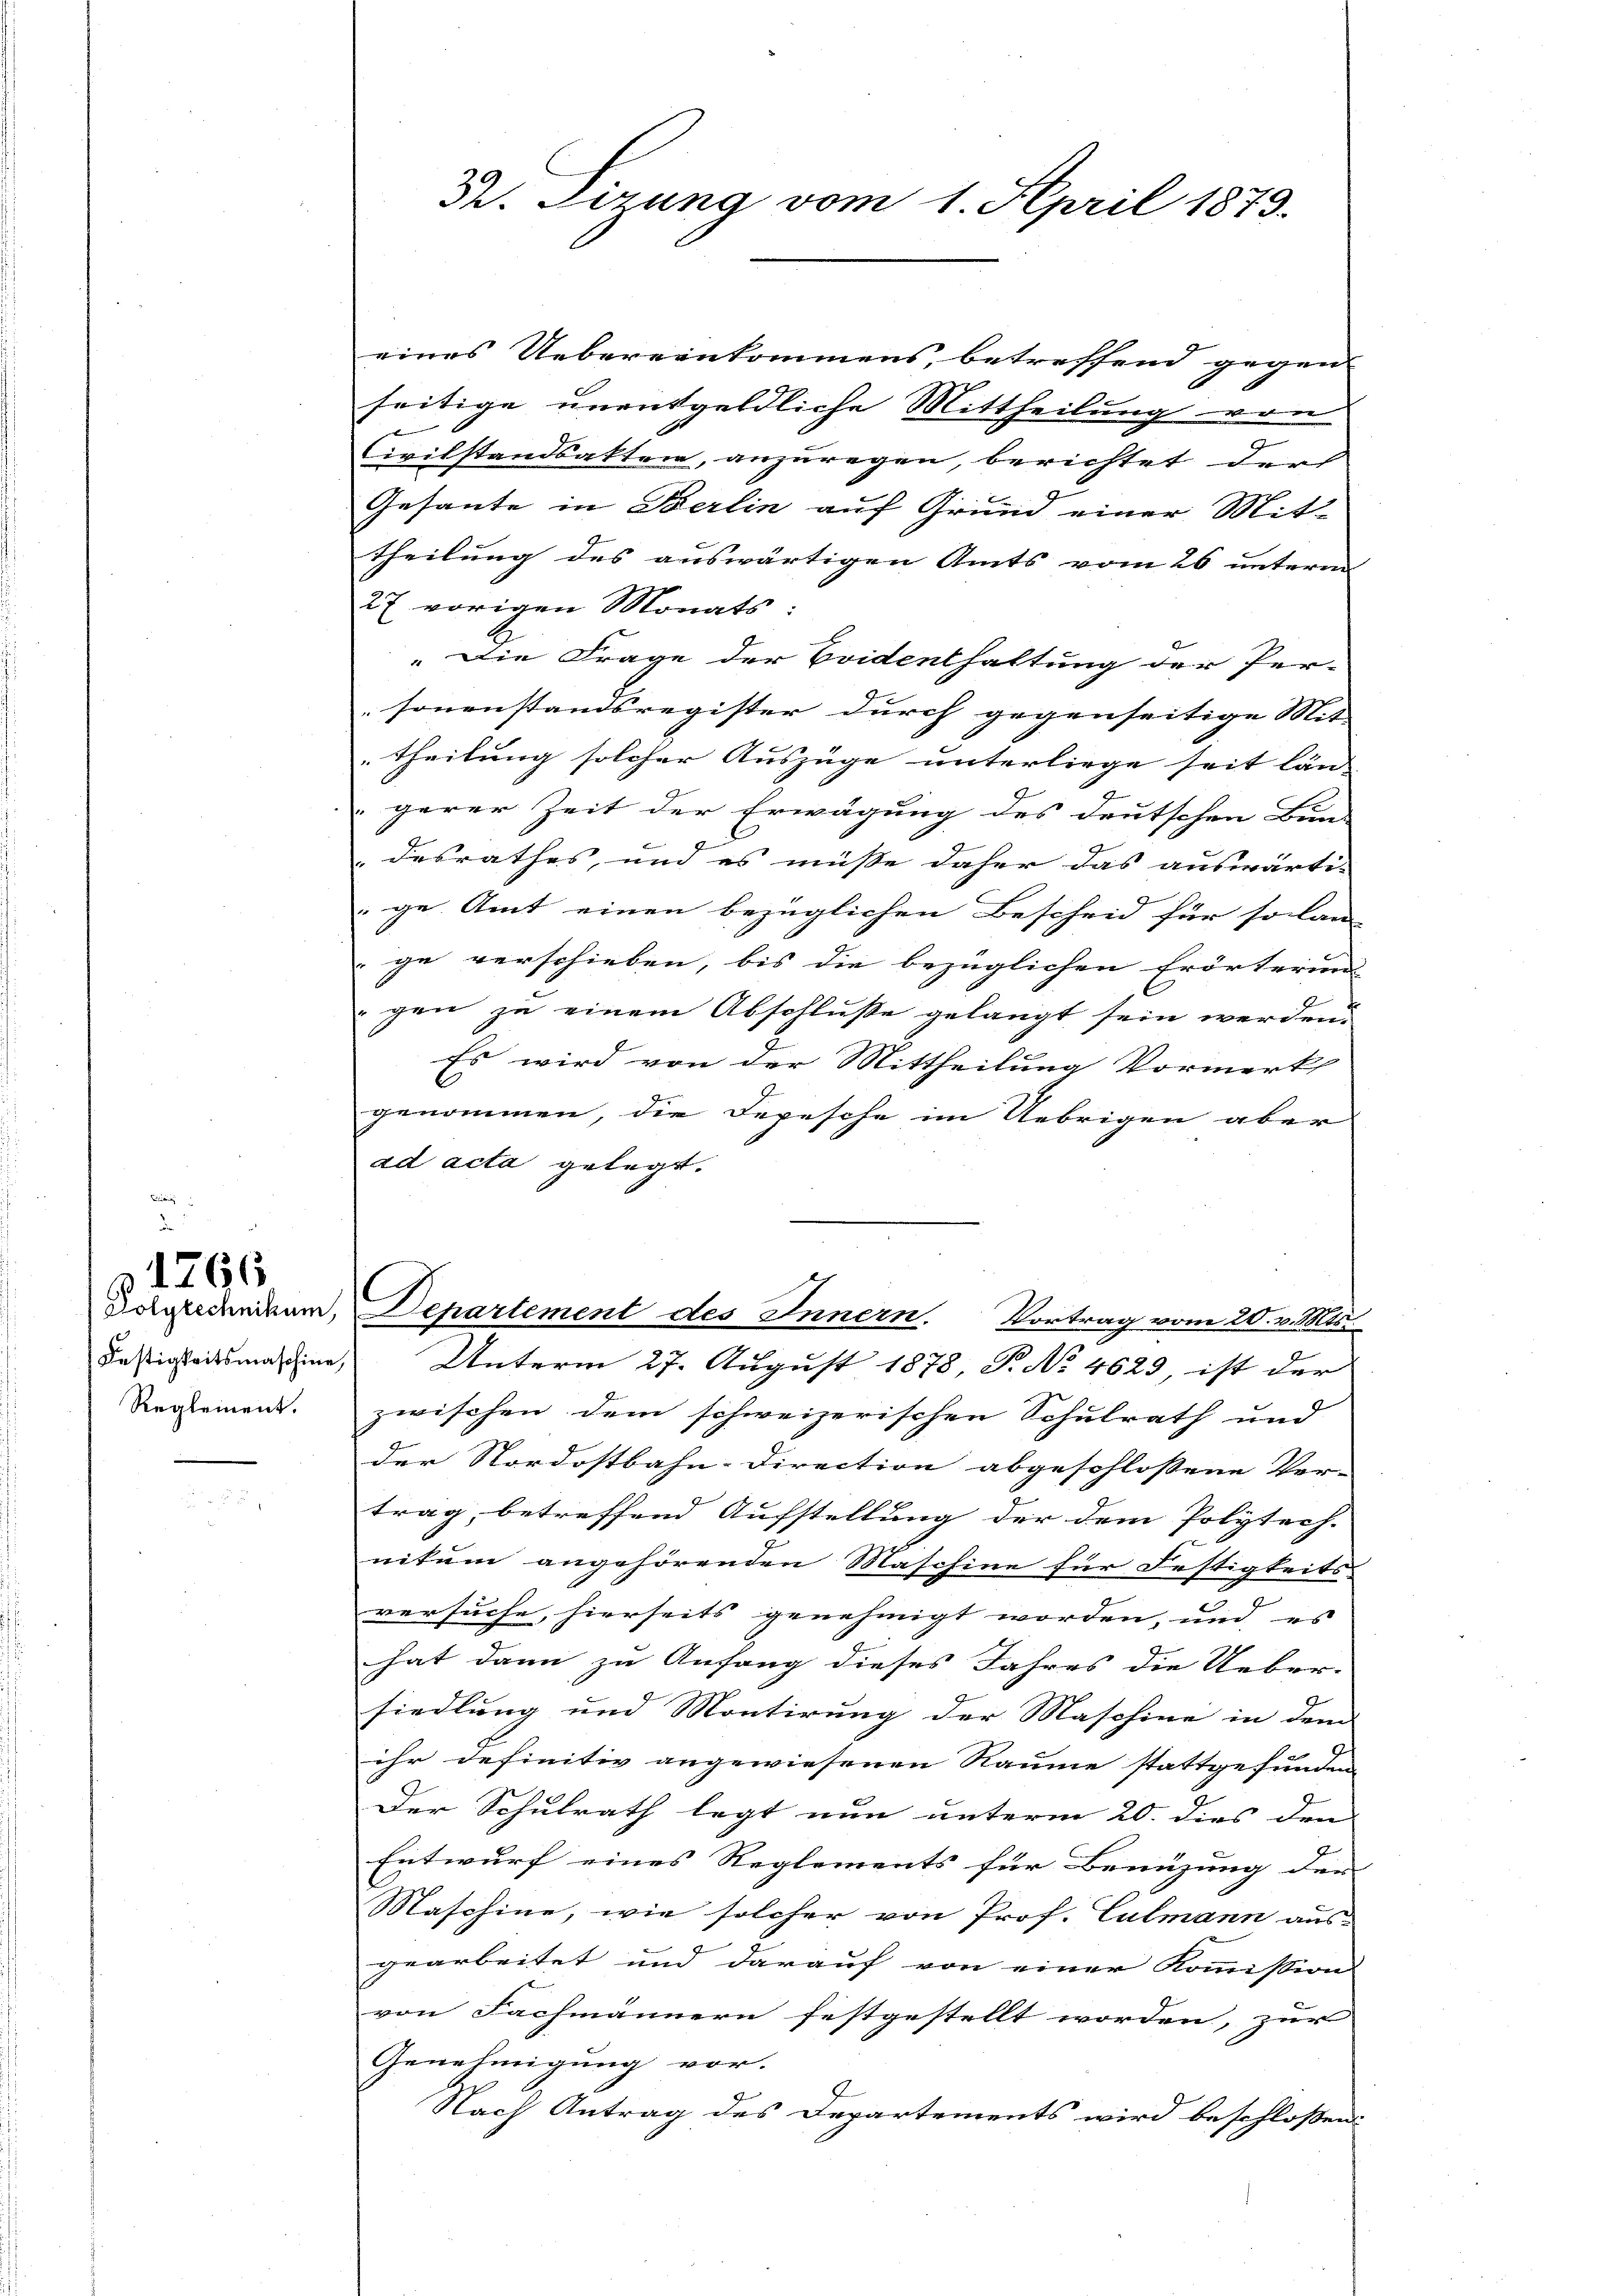
Festigkeitsmaschine
Reglement.

1296

S. Firung vom 1. April 1873.

eines Uebereinkommens, betreffend gegen |
seitige unentgeldliche Mittheilung von
Civilstandsakten, anzuregen, berichtet dur
Gesante in Berlin auf Grund einer Mit-
theilung des auswärtigen Amts vom 26 unterm
27 vorigen Monats:
"Die Frage der Beidenthaltung der Per-
sonenstandsregister durch gegenseitige Mit-
theilung solcher Auszüge unterliege seit län- |
gerer Zeit der Erwägung des deutschen Bun-
desrathes, und es müsse daher das auswärti-
ge. Amt einen bezüglichen Bescheid für so lan-
ge verschieben, bis die bezüglichen Erörterung
gen zu einem Abschluße gelangt sein werden.
Es wird von der Mittheilung Vormerk
genommen, die Depesche im Uebrigen aber
ad acta gelegt.
vorgeschnikum, Departement des Innern. Vortrag vom 20. v. Mts.
Unterm 27. August 1878, P. No. 4629, ist der
zwischen dem schweizerischen Schulrath und
der Nordostbahn-Direction abgeschlossene Ver-
trag, betreffend Aufstellung der dem Polytech-
nitum angehörenden Maschine für Festigkeits-
versuche, hierseits genehmigt worden, und es
hat dann zu Anfang dieses Jahres die Ueber- |
siedlung und Montirung der Maschine in dem
ihr definitiv angewiesenen Räume stattgefunden
Der Schulrath legt nun unterm 20. dies den |
Entwurf eines Reglements für Benüzung der |
Maschine, wie solcher von Prof. Culmann aus
gearbeitet und darauf von einer Kommission
von Fachmännern festgestellt worden, zur
Genehmigung vor.
Nach Antrag des Departements wird beschlossen: